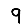
Digit: 9